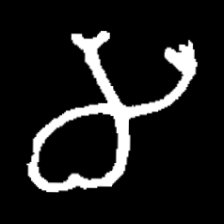
Pyu character \u2014 Myanmar letter: မ (romanized: ma)